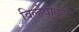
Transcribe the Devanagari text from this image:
विल्हेवाटही